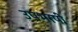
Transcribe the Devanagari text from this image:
उपभाषी